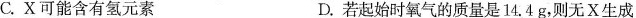
C.X可能含有氢元素 D.若起始时氧气的质量是14.4g，则无X生成